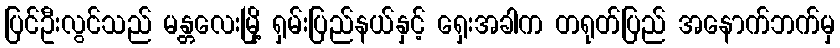
ပြင်ဦးလွင်သည် မန္တလေးမြို့ ရှမ်းပြည်နယ်နှင့် ရှေးအခါက တရုတ်ပြည် အနောက်ဘက်မှ